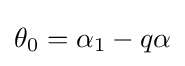
\theta _{0}=\alpha _{1}-q\alpha